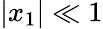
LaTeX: |x_{1}|\ll 1